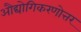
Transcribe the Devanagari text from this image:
औद्योगिकरणोत्तर